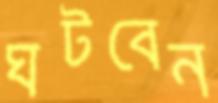
ঘটবেন